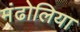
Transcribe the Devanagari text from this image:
मंढोलिया